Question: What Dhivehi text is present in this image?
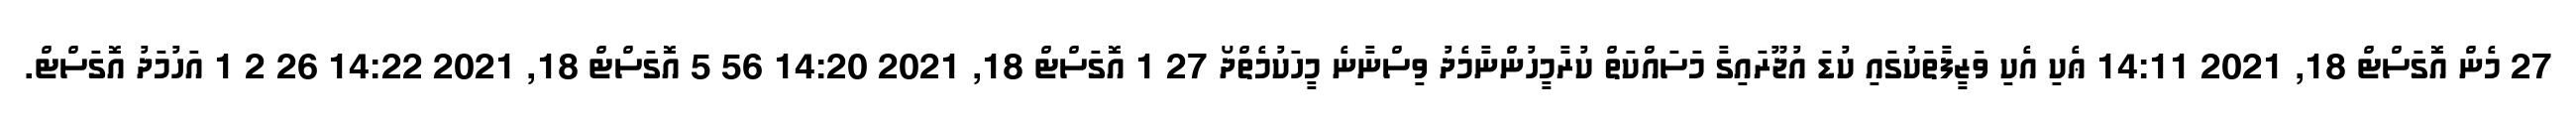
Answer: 27 މެން އޮގަސްޓް 18, 2021 14:11 ޢެކި އެކި ވަޒީފާތަކުގައި ކުޑަ އުޖޫރައިގާ މަސައްކަތް ކުރާމީހުންނާމެދު ވިސްނާނެ މީހަކުމެތްދޯ 27 1 އޮގަސްޓް 18, 2021 14:20 56 5 އޮގަސްޓް 18, 2021 14:22 26 2 1 އަހުމަދު އޮގަސްޓް.